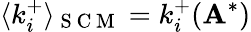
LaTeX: \langle k_{i}^{+}\rangle_{\mathrm{~S~C~M~}}=k_{i}^{+}(\mathbf{A}^{*})